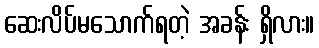
ဆေးလိပ်မသောက်ရတဲ့ အခန်း ရှိလား။